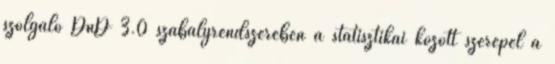
szolgáló DnD 3.0 szabályrendszerében a statisztikái között szerepel a